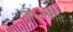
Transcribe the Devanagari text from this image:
बहुअधीत